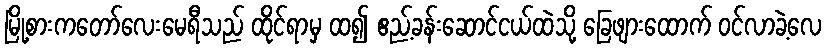
မြို့စားကတော်လေးမေရီသည် ထိုင်ရာမှ ထ၍ ဧည့်ခန်းဆောင်ငယ်ထဲသို့ ခြေဖျားထောက် ဝင်လာခဲ့လေ